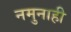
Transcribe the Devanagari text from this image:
नमुनाही